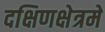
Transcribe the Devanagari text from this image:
दक्षिणक्षेत्रमे